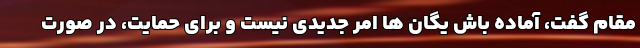
مقام گفت، آماده باش یگان ها امر جدیدی نیست و برای حمایت، در صورت